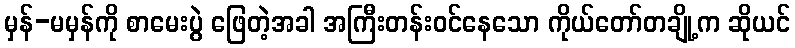
မှန်-မမှန်ကို စာမေးပွဲ ဖြေတဲ့အခါ အကြီးတန်းဝင်နေသော ကိုယ်တော်တချို့က ဆိုယင်